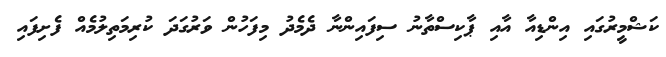
ކަޝްމީރުގައި އިންޑިއާ އާއި ޕާކިސްތާނު ސިފައިންނާ ދެމެދު މިފަހުން ވަރުގަދަ ކުރިމަތިލުމެއް ފެށިފައި